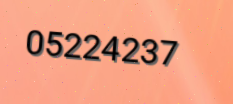
05224237